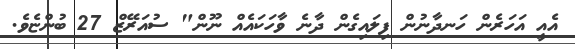
އެއީ އަހަރެން ހަނދާނުން ފިލައިގެން ދާނެ ވާހަކައެއް ނޫން" ސުއަރޭޒް 27 ބުންޏެވެ.